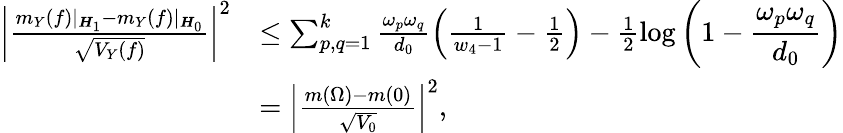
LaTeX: \begin{array}{rl}{\left|\frac{m_{Y}(f)|_{{\boldsymbol H}_{1}}-m_{Y}(f)|_{{\boldsymbol H}_{0}}}{\sqrt{V_{Y}(f)}}\right|^{2}}&{\leq\sum_{p,q=1}^{k}\frac{\omega_{p}\omega_{q}}{d_{0}}\left(\frac{1}{w_{4}-1}-\frac{1}{2}\right)-\frac{1}{2}\displaystyle\log\left(1-\frac{\omega_{p}\omega_{q}}{d_{0}}\right)}\\ &{=\left|\frac{m(\Omega)-m(0)}{\sqrt{V_{0}}}\right|^{2},}\end{array}